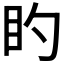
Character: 𪾠